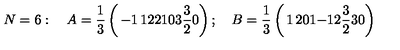
N = 6 : \quad A = { \frac { 1 } { 3 } } \left( \begin{matrix} { - 1 } & { 1 } & { 2 } \\ { 2 } & { 1 } & { 0 } \\ { 3 } & { { \frac { 3 } { 2 } } } & { 0 } \\ \end{matrix} \right) ; \quad B = { \frac { 1 } { 3 } } \left( \begin{matrix} { 1 } & { 2 } & { 0 } \\ { 1 } & { - 1 } & { 2 } \\ { { \frac { 3 } { 2 } } } & { 3 } & { 0 } \\ \end{matrix} \right)